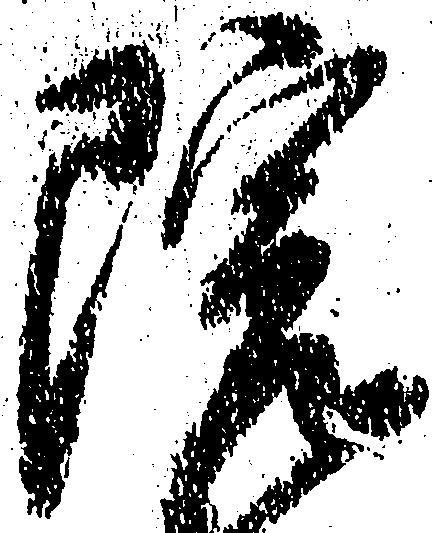
院